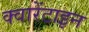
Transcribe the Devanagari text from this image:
क्वारेंटाइन